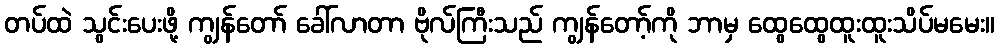
တပ်ထဲ သွင်းပေးဖို့ ကျွန်တော် ခေါ်လာတာ ဗိုလ်ကြီးသည် ကျွန်တော့်ကို ဘာမှ ထွေထွေထူးထူးသိပ်မမေး။